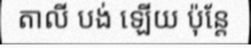
តាលី បង់ ឡើយ ប៉ុន្តែ